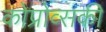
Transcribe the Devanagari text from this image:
कोप्रोव्सकी